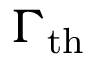
\Gamma _ { \mathrm { t h } }